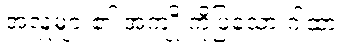
အလှူများ၏ အကျိုးကိုပြသော ဂါထာ။